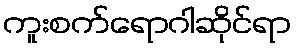
ကူးစက်ရောဂါဆိုင်ရာ